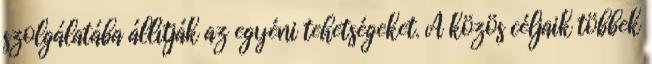
szolgálatába állítják az egyéni tehetségeket. A közös céljaik többek